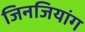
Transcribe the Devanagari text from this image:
जिनजियांग